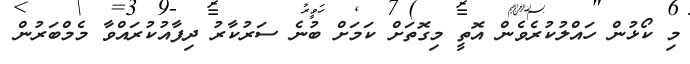
މި ކޯޅުން ހައްލުކުރެވެން އޮތީ މިގޮތަށް ކަމަށް ބުނެ ސަރުކާާރު ދިފާއުކުރައްވާ މެމްބަރުން